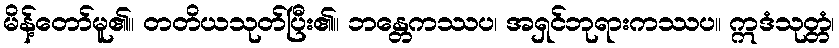
မိန့်တော်မူ၏။ တတိယသုတ်ပြီး၏။ ဘန္တေကဿပ၊ အရှင်ဘုရားကဿပ။ ဣဒံသုတ္တံ၊